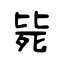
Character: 毙